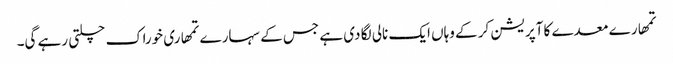
تمھارے معدے کا آپریشن کر کے وہاں ایک نالی لگا دی ہے جس کے سہارے تمھاری خوراک چلتی رہے گی۔